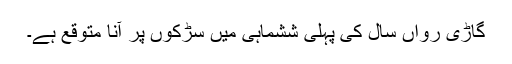
گاڑی رواں سال کی پہلی ششماہی میں سڑکوں پر آنا متوقع ہے۔